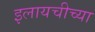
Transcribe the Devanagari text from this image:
इलायचीच्या